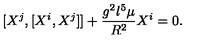
[ X ^ { j } , [ X ^ { i } , X ^ { j } ] ] + \frac { g ^ { 2 } l ^ { 5 } \mu } { R ^ { 2 } } X ^ { i } = 0 .